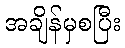
အချိန်မှစပြီး